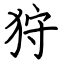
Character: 狩